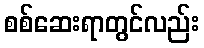
စစ်ဆေးရာတွင်လည်း